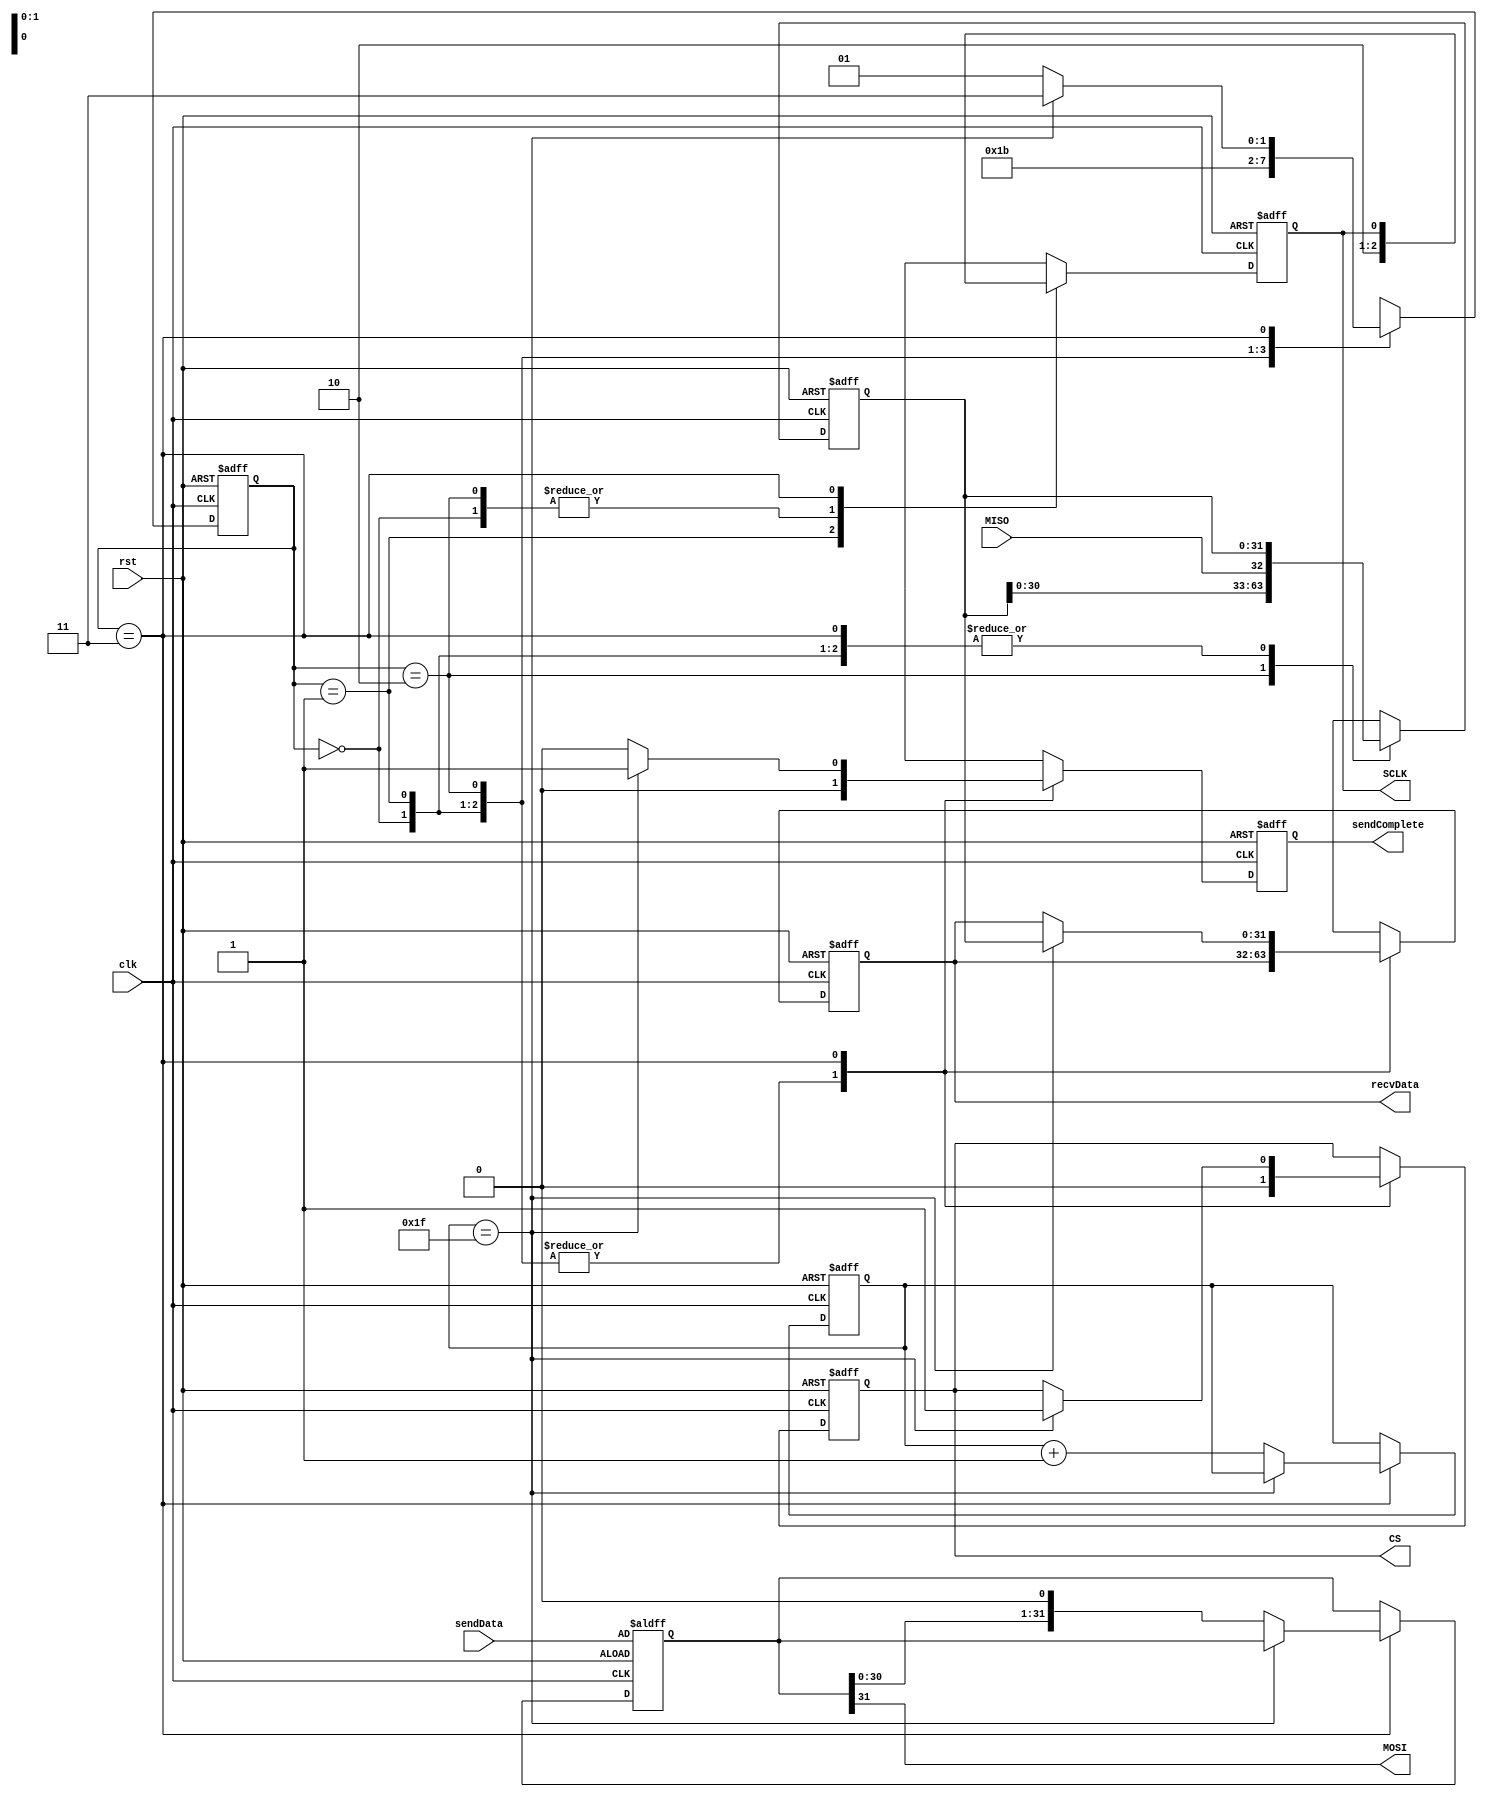
`timescale 1ns / 1ps

module SPI_Transmitter #(
    parameter SPI_DATALENGTH = 6'd32
)
(
    input clk,
    input rst,
    output reg sendComplete,
    output MOSI,
    output reg SCLK,
    output reg CS,
    input MISO,
    input [31:0] sendData,
    output reg [31:0] recvData
);
    reg [31:0] sendData_reg;
    reg[5:0] counter;
    reg[1:0] state;
    localparam DEFSTATE   = 2'b00;
    localparam CLKUP      = 2'b01;
    localparam CLKDOWN    = 2'b10;
    localparam DATACHANGE = 2'b11;
    
    assign MOSI = sendData_reg[31];
    reg[31:0] recvData_tmp;
 
    always @(posedge clk or negedge rst)begin
        if(rst == 1'b0)begin
            sendComplete <= 1'b0;
            recvData <= 32'h0000_0000;
            recvData_tmp <= 32'h0000_0000;
            SCLK     <= 1'b0;
            CS       <= 1'b1;
            counter  <= 6'b000000;
            sendData_reg <= sendData;
            state <= DEFSTATE;
        end else begin
            case (state)
                DEFSTATE : begin
                    sendComplete <= 1'b0;
                    SCLK  <= 1'b0;
                    CS    <= 1'b0;
                    state <= CLKUP;
                    recvData <= recvData;
                    recvData_tmp <= recvData_tmp;
                end
                CLKUP : begin
                    sendComplete <= 1'b0;
                    SCLK  <= 1'b1;
                    CS    <= 1'b0;
                    state <= CLKDOWN;
                    recvData <= recvData;
                    recvData_tmp <= recvData_tmp;
                end
                CLKDOWN : begin
                    sendComplete <= 1'b0;
                    SCLK  <= 1'b0;
                    CS    <= 1'b0;
                    state <= DATACHANGE;
                    recvData <= recvData;
                    recvData_tmp <= {recvData_tmp[30:0],MISO};
                end
                DATACHANGE : begin
                    SCLK <= SCLK;
                    recvData_tmp <= recvData_tmp;
                    if (counter == SPI_DATALENGTH - 6'b000001)begin
                        sendComplete <= 1'b1;
                        CS           <= 1'b1;
                        state        <= DATACHANGE;
                        counter      <= counter;
                        recvData     <= recvData_tmp;
                    end else begin
                        sendComplete <= 1'b0;
                        sendData_reg <= {sendData_reg[30:0],1'b0};
                        state        <= CLKUP;
                        counter      <= counter + 6'b000001;
                        recvData     <= recvData;
                    end
                end
                default :
                    SCLK <= 1'b0;
            endcase
        end
    end
endmodule